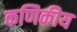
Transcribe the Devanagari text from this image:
कणिकीय